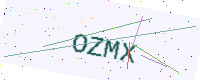
Text: OZMX